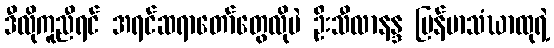
ဒီလိုကူညီရင် အရင်ဆရာတော်တွေလိုပဲ ဦးသီလာနန္ဒ မြန်မာသံဃာထုရဲ့